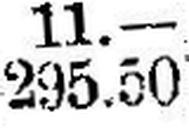
295.50